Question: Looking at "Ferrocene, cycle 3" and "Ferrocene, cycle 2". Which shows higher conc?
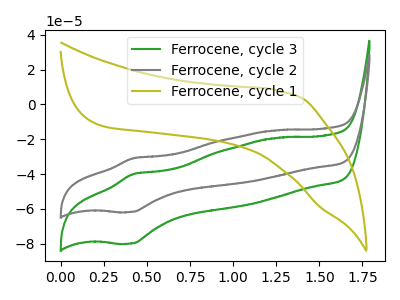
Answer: <think>The green curve "Ferrocene, cycle 3" has an anodic peak at (0.40V, -39.85uA) and a cathodic peak at (0.40V, -79.80uA). The gray curve "Ferrocene, cycle 2" has an anodic peak at (0.40V, -30.80uA) and a cathodic peak at (0.40V, -61.70uA). The olive curve "Ferrocene, cycle 1" has no peaks.
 All the peaks in "Ferrocene, cycle 3" have a peak in "Ferrocene, cycle 2" at the same potential.</think>
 <answer>I cant tell if "Ferrocene, cycle 3" or "Ferrocene, cycle 2" has higher concentration.</answer>
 <eval>mixed_concentration</eval>